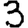
Digit: 3